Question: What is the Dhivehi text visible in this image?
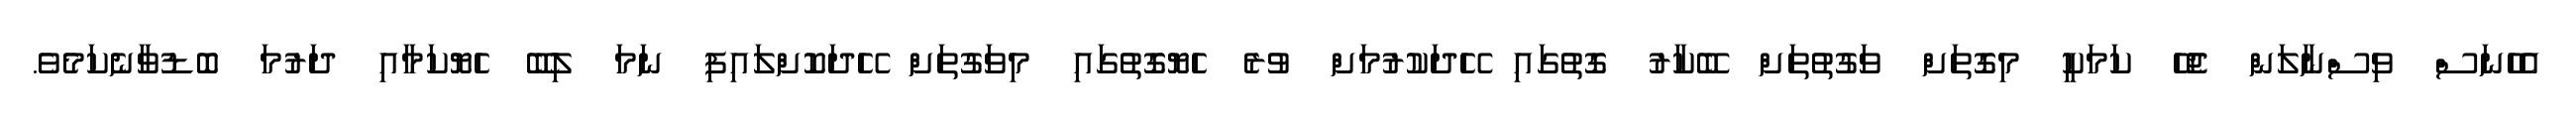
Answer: އެހެނަސް ވިސްނާލަން ޖެހޭ ކަމަކީ މިގޮތަށް ވަގުތުތަށް ބޭކާރު ގޮތުގައި ހޭދަކުރުމަށް ވުރެ ހެޔޮގޮތުގައި މިވަގުތަށް ހޭދަކޮށްލައިފި ނަމަ ލިބޭ ހެޔޮކަމާއި ދަރުމަ ބޮޑުވާނެކަމެވެ.